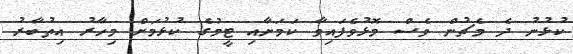
ކުޅުނު ދެ މެޗުން ވެސް މޮޅުވެފައިވާ ކަމަށާއި ޓީމުގެ ކުޅުމަށް މިހާރު އިތުބާރު